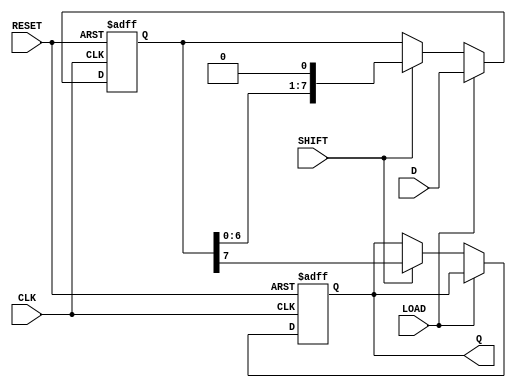
module dynamic_piso (
    input wire [width-1:0] D,      // Parallel data input
    input wire LOAD,                // Load control signal
    input wire SHIFT,               // Shift control signal
    input wire CLK,                 // Clock signal
    input wire RESET,               // Asynchronous reset signal
    output reg Q                   // Serial output
);
    parameter width = 8;           // Define the width of the register

    reg [width-1:0] storage;        // Dynamic storage elements

    always @(posedge CLK or posedge RESET) begin
        if (RESET) begin
            storage <= {width{1'b0}}; // Clear the storage on reset
            Q <= 1'b0;                // Reset serial output
        end else begin
            if (LOAD) begin
                storage <= D;          // Load parallel data into storage
            end else if (SHIFT) begin
                // Shift data out: Set Q to the MSB of the storage
                Q <= storage[width-1];
                // Shift the storage to the right
                storage <= {storage[width-2:0], 1'b0}; // Shift and zero-fill LSB
            end
        end
    end
endmodule